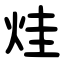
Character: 烓